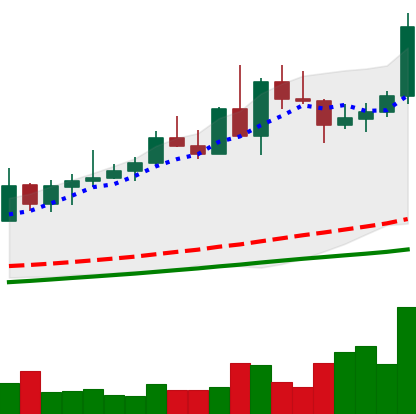
Ticker: NEO-USD
Chart end date: 2020-08-29
Forward return: -15.741%
Label: down_7plus